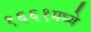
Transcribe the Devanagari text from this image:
१६६१मध्ये